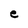
Character: e